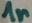
Text: 1n